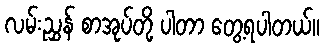
လမ်းညွှန် စာအုပ်တို့ ပါတာ တွေ့ရပါတယ်။